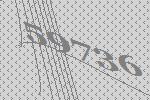
59736